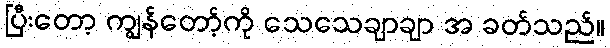
ပြီးတော့ ကျွန်တော့်ကို သေသေချာချာ အ ခတ်သည်။